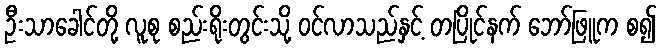
ဦးသာခေါင်တို့ လူစု စည်းရိုးတွင်းသို့ ဝင်လာသည်နှင့် တပြိုင်နက် ဘော်ဖြူက စ၍